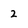
Character: 2